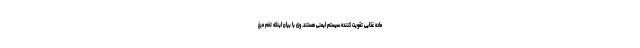
ماده غذایی تقویت کننده سیستم ایمنی هستند. وی با بیان اینکه تخم مرغ